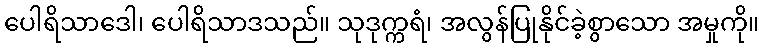
ပေါရိသာဒေါ၊ ပေါရိသာဒသည်။ သုဒုက္ကရံ၊ အလွန်ပြုနိုင်ခဲ့စွာသော အမှုကို။